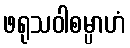
ဖရုသဝါစမ္ပာဟံ